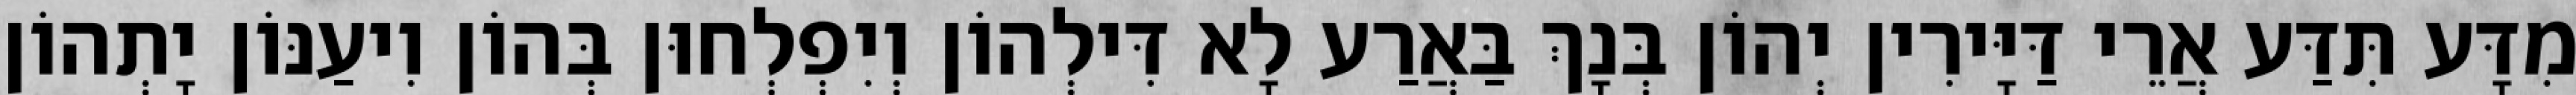
מִדָּע תִּדַּע אֲרֵי דַּיָּירִין יְהוֹן בְּנָךְ בַּאֲרַע לָא דִּילְהוֹן וְיִפְלְחוּן בְּהוֹן וִיעַנּוֹן יָתְהוֹן